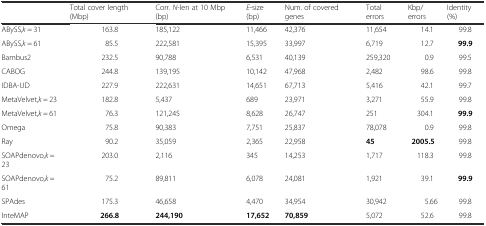
<table><thead><tr><td></td><td><b>Total cover length (Mbp)</b></td><td><b>Corr. <i>N</i>-len at 10 Mbp (bp)</b></td><td><b><i>E</i>-size (bp)</b></td><td><b>Num. of covered genes</b></td><td><b>Total errors</b></td><td><b>Kbp/errors</b></td><td><b>Identity (%)</b></td></tr></thead><tbody><tr><td>ABySS,<i>k</i> = 31</td><td>163.8</td><td>185,122</td><td>11,466</td><td>42,376</td><td>11,654</td><td>14.1</td><td>99.8</td></tr><tr><td>ABySS,<i>k</i> = 61</td><td>85.5</td><td>222,581</td><td>15,395</td><td>33,997</td><td>6,719</td><td>12.7</td><td><b>99.9</b></td></tr><tr><td>Bambus2</td><td>232.5</td><td>90,788</td><td>6,531</td><td>40,139</td><td>259,320</td><td>0.9</td><td>99.5</td></tr><tr><td>CABOG</td><td>244.8</td><td>139,195</td><td>10,142</td><td>47,968</td><td>2,482</td><td>98.6</td><td>99.8</td></tr><tr><td>IDBA-UD</td><td>227.9</td><td>222,631</td><td>14,651</td><td>67,713</td><td>5,416</td><td>42.1</td><td>99.7</td></tr><tr><td>MetaVelvet,<i>k</i> = 23</td><td>182.8</td><td>5,437</td><td>689</td><td>23,971</td><td>3,271</td><td>55.9</td><td>99.8</td></tr><tr><td>MetaVelvet,<i>k</i> = 61</td><td>76.3</td><td>121,245</td><td>8,628</td><td>26,747</td><td>251</td><td>304.1</td><td><b>99.9</b></td></tr><tr><td>Omega</td><td>75.8</td><td>90,383</td><td>7,751</td><td>25,837</td><td>78,078</td><td>0.9</td><td>99.8</td></tr><tr><td>Ray</td><td>90.2</td><td>35,059</td><td>2,365</td><td>22,958</td><td><b>45</b></td><td><b>2005.5</b></td><td>99.8</td></tr><tr><td>SOAPdenovo,<i>k</i> = 23</td><td>203.0</td><td>2,116</td><td>345</td><td>14,253</td><td>1,717</td><td>118.3</td><td>99.8</td></tr><tr><td>SOAPdenovo,<i>k</i> = 61</td><td>75.2</td><td>89,811</td><td>6,078</td><td>24,081</td><td>1,921</td><td>39.1</td><td><b>99.9</b></td></tr><tr><td>SPAdes</td><td>175.3</td><td>46,658</td><td>4,470</td><td>34,954</td><td>30,942</td><td>5.66</td><td>99.8</td></tr><tr><td>InteMAP</td><td><b>266.8</b></td><td><b>244,190</b></td><td><b>17,652</b></td><td><b>70,859</b></td><td>5,072</td><td>52.6</td><td>99.8</td></tr></tbody></table>